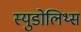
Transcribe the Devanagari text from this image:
स्युडोलिथ्स